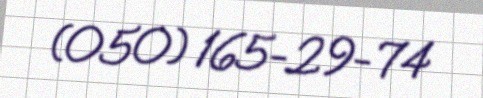
(050) 165-29-74